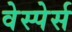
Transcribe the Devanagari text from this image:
वेस्पेर्स